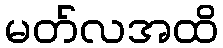
မတ်လအထိ